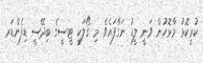
ކުރީކޮޅު މާޅޮހުން ވަނީ ލީޑު ނަގާފައެވެ. މި ގޯލަކީ ޓީސީގެ ބިދޭސީ ޑިފެންޑަރ